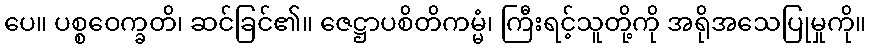
ပေ။ ပစ္စဝေက္ခတိ၊ ဆင်ခြင်၏။ ဇေဋ္ဌာပစိတိကမ္မံ၊ ကြီးရင့်သူတို့ကို အရိုအသေပြုမှုကို။